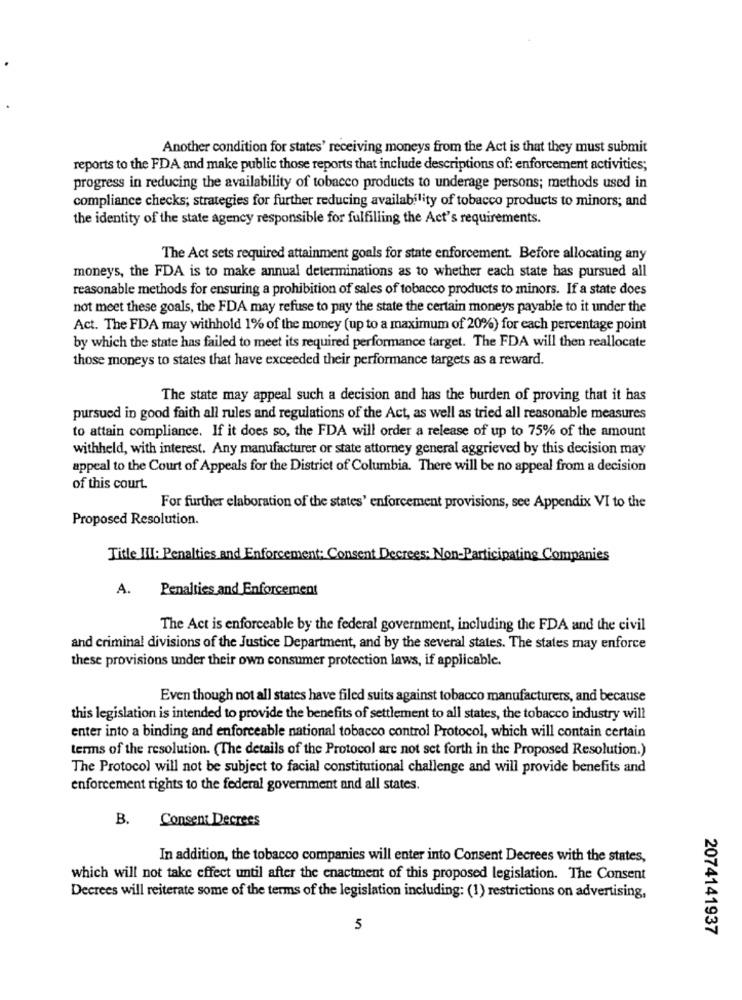
Another condition for states' receiving moneys from the Act is that they must submit
reports to the FDA and make public those reports that include descriptions of: enforcement activities;
progress in reducing the availability of tobacco products to underage persons; methods used in
compliance checks; strategies for further reducing availability of tobacco products to minors; and
the identity of the state agency responsible for fulfilling the Act's requirements.
The Act sets required attainment goals for state enforcement. Before allocating any
moneys, the FDA is to make annual determinations as to whether each state has pursued all
reasonable methods for ensuring a prohibition of sales of tobacco products to minors. If a state does
not meet these goals, the FDA may refuse to pay the state the certain moneys payable to it under the
Act. The FDA may withhold 1% of the money (up to a maximum of 20%) for each percentage point
by which the state has failed to meet its required performance target. The FDA will then reallocate
those moneys to states that have exceeded their performance targets as a reward.
The state may appeal such a decision and has the burden of proving that it has
pursued in good faith all rules and regulations of the Act, as well as tried all reasonable measures
to attain compliance. If it does so, the FDA will order a release of up to 75% of the amount
withheld, with interest. Any manufacturer or state attorney general aggrieved by this decision may
appeal to the Court of Appeals for the District of Columbia. There will be no appeal from a decision
of this court.
For further elaboration of the states' enforcement provisions, see Appendix VI to the
Proposed Resolution.
Title III: Penalties and Enforcement: Consent Decrees: Non-Participating Companies
A.
Penalties and Enforcement
The Act is enforceable by the federal government, including the FDA and the civil
and criminal divisions of the Justice Department, and by the several states. The states may enforce
these provisions under their own consumer protection laws, if applicable.
Even though not all states have filed suits against tobacco manufacturers, and because
this legislation is intended to provide the benefits of settlement to all states, the tobacco industry will
enter into a binding and enforceable national tobacco control Protocol, which will contain certain
terms of the resolution. (The details of the Protocol are not set forth in the Proposed Resolution.)
The Protocol will not be subject to facial constitutional challenge and will provide benefits and
enforcement rights to the federal government and all states.
B.
Consent Decrees
In addition, the tobacco companies will enter into Consent Decrees with the states,
which will not take effect until after the enactment of this proposed legislation. The Consent
Decrees will reiterate some of the terms of the legislation including: (1) restrictions on advertising,
5
2074141937